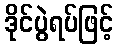
ဒိုင်ပွဲရပ်ဖြင့်